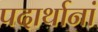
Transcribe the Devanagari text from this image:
पदार्थानां